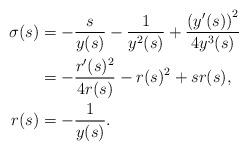
LaTeX: \begin{align*}\sigma(s)&=-\frac{s}{y(s)}-\frac{1}{y^2(s)}+\frac{ \left(y'(s)\right)^2}{4y^3(s)}\\&=-\frac{r'(s)^2}{4 r(s)}-r(s)^2+s r(s),\\r(s)&=-\frac{1}{y(s)}.\end{align*}